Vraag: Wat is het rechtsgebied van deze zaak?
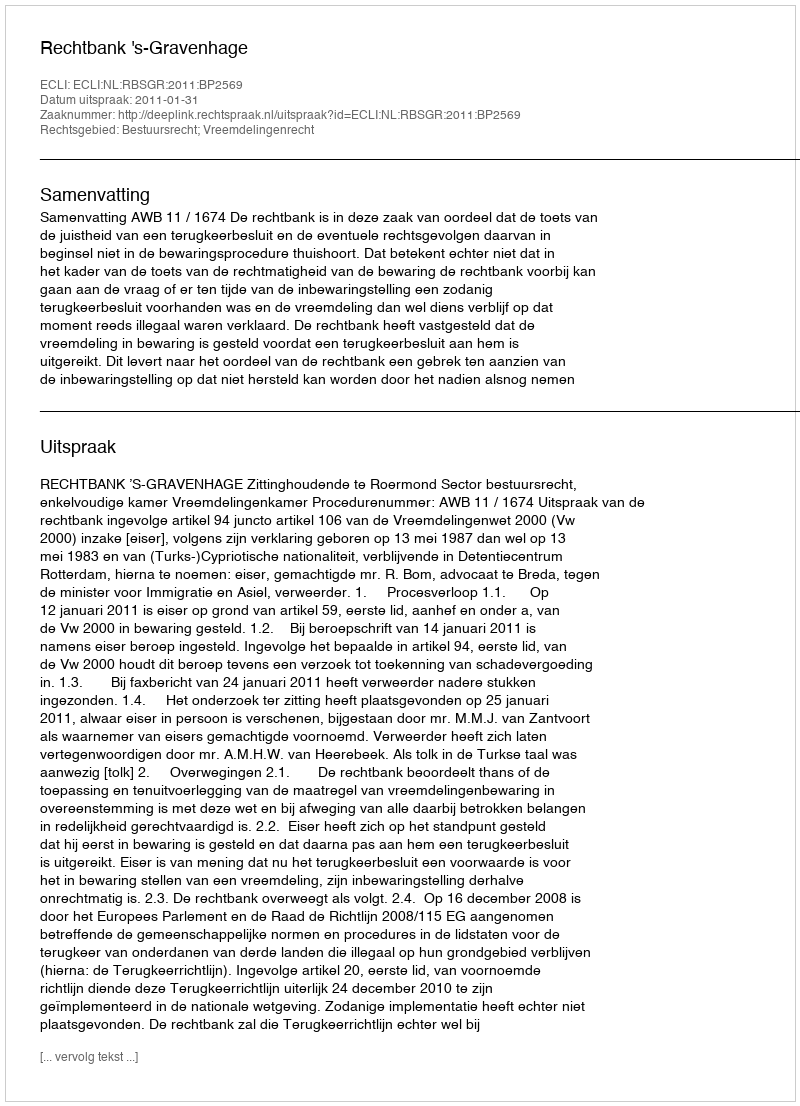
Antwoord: Bestuursrecht; Vreemdelingenrecht